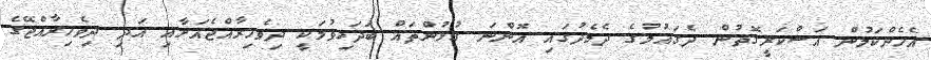
އެހެންކަމުން އަސްކަރީގޮތުން ދެގައުމުގެ ދެމެދުގައި އޮންނަ ގުޅުންތައް ބަދަހިވުމަކީ ދިވެހިރާއްޖެއަށާއި އަދި ދިވެހިރާއްޖޭގެ